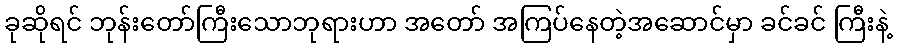
ခုဆိုရင် ဘုန်းတော်ကြီးသောဘုရားဟာ အတော် အကြပ်နေတဲ့အဆောင်မှာ ခင်ခင် ကြီးနဲ့